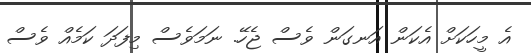
އެ މީހަކަށް އެކަން އަނގަން ވެސް ޖެހޭ. ނަމަވެސް މިފަދަ ކަމެއް ވެސް